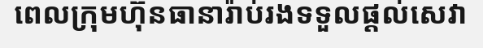
ពេលក្រុមហ៊ុនធានារ៉ាប់រងទទួលផ្តល់សេវា